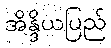
အိန္ဒိယပြည်